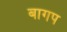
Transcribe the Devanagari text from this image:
बागप